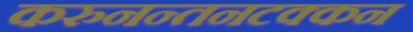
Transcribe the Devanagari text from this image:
करुनन्तनटक्कन